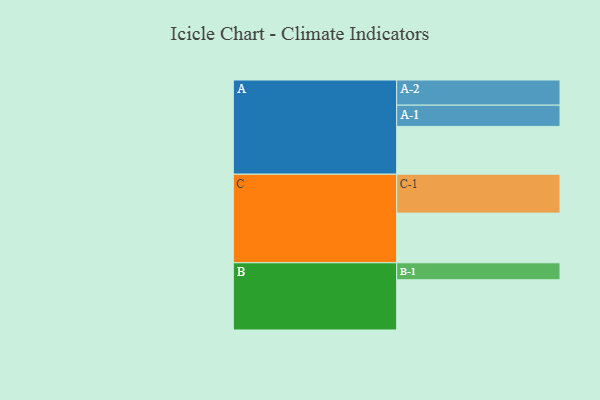
{"axis": {"x": "Segment", "y": "Value"}, "legend": ["", "A", "B", "C"], "data": [{"x": "A", "y": 363, "type": ""}, {"x": "B", "y": 381, "type": ""}, {"x": "C", "y": 377, "type": ""}, {"x": "A-1", "y": 161, "type": "A"}, {"x": "A-2", "y": 191, "type": "A"}, {"x": "B-1", "y": 129, "type": "B"}, {"x": "C-1", "y": 295, "type": "C"}]}